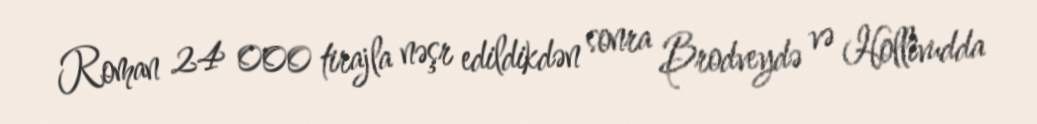
Roman 24 000 tirajla nəşr edildikdən sonra Brodveydə və Hollivudda